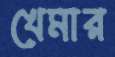
খেমার